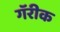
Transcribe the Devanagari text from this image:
गॅरीक